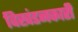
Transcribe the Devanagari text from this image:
विखंडनकारी